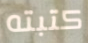
كتبته